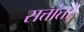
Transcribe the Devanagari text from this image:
सत्तांतरे